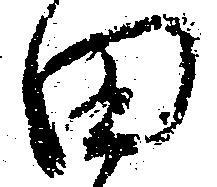
田